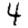
Digit: 4